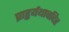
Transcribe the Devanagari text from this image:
प्राहुर्यथावदिह